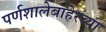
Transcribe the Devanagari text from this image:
पर्णशालेबाहेरच्या